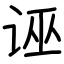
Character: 诬